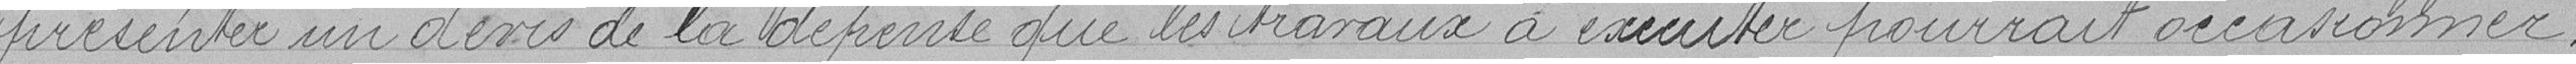
présenter un devis de la dépense que les travaux à exécuter pourrait occasionner.